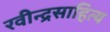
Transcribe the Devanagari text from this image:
रवीन्द्रसाहित्य